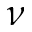
\nu